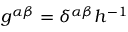
g ^ { \alpha \beta } = \delta ^ { \alpha \beta } h ^ { - 1 }